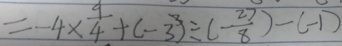
= - 4 \times \frac { 9 } { 4 } + ( - 3 ) ^ { 3 } \div ( - \frac { 2 7 } { 8 } ) - ( - 1 )